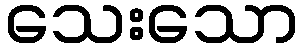
သေးသော